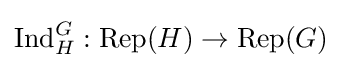
\operatorname {Ind} _{H}^{G}:\operatorname {Rep} (H)\to \operatorname {Rep} (G)